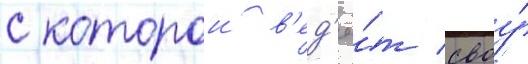
с которои в'ед'ё́т своу́